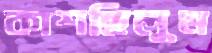
কাশছিলুম